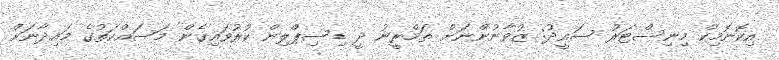
އިކޮނޮމިކް މިނިސްޓަރު ސައީދު: ޒުވާނުންނަށް ތަމްރީނު ދީ ޑިސިޕްލިން ކުރުވައިގެން މަސައްކަތުގެ މައިދާނަށް